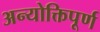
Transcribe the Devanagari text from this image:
अन्योक्तिपूर्ण